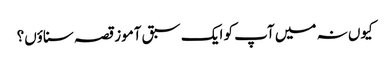
کیوں نہ میں آپ کو ایک سبق آموز قصہ سناؤں؟